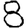
Digit: 8